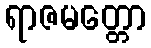
ရာဇမတ္တော